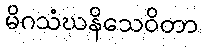
မိဂသံဃနိသေဝိတာ